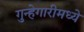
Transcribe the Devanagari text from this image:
गुन्हेगारीमध्ये